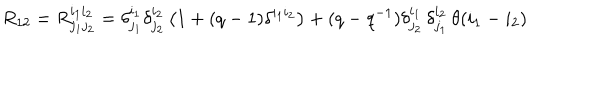
R _ { 1 2 } = R _ { j _ { 1 } j _ { 2 } } ^ { i _ { 1 } i _ { 2 } } = \delta _ { j _ { 1 } } ^ { i _ { 1 } } \delta _ { j _ { 2 } } ^ { i _ { 2 } } \left( 1 + ( q - 1 ) \delta ^ { i _ { 1 } i _ { 2 } } \right) + ( q - q ^ { - 1 } ) \delta _ { j _ { 2 } } ^ { i _ { 1 } } \, \delta _ { j _ { 1 } } ^ { i _ { 2 } } \, \theta ( i _ { 1 } - i _ { 2 } )